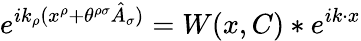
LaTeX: e^{ik_{\rho}(x^{\rho}+\theta^{\rho\sigma}\hat{A}_{\sigma})}=W(x,C)\ast e^{ik\cdot x}